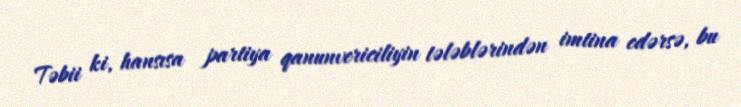
Təbii ki, hansısa partiya qanunvericiliyin tələblərindən imtina edərsə, bu